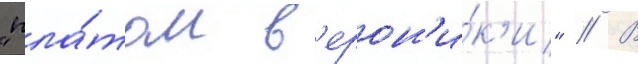
"пла́том в'ерон'и́к'и" // В